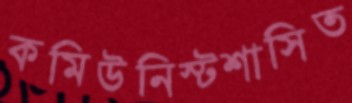
কমিউনিস্টশাসিত